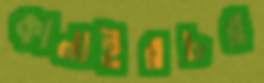
কানাইরচর